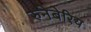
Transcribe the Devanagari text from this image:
रुनेबेरिय